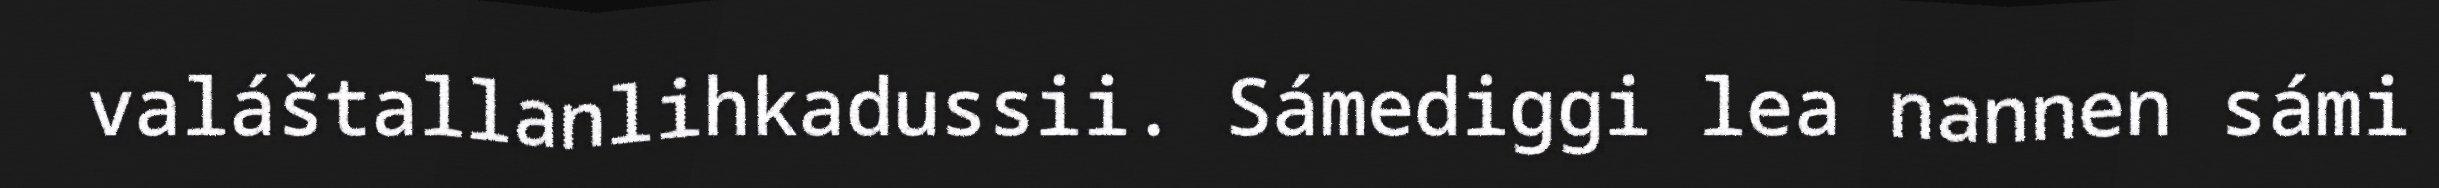
valáštallanlihkadussii. Sámediggi lea nannen sámi